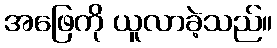
အဖြေကို ယူလာခဲ့သည်။